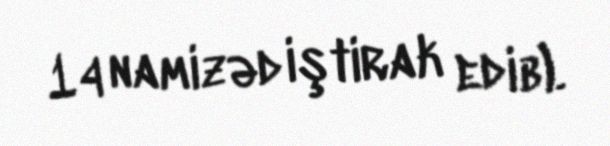
14 namizəd iştirak edib).